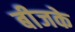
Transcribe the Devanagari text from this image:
बीजके